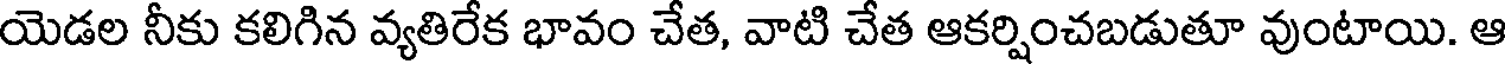
యెడల నీకు కలిగిన వ్యతిరేక భావం చేత, వాటి చేత ఆకర్షించబడుతూ వుంటాయి. ఆ